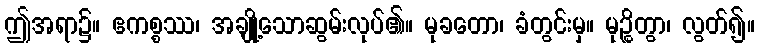
ဤအရာ၌။ ဧကစ္စဿ၊ အချို့သောဆွမ်းလုပ်၏။ မုခတော၊ ခံတွင်းမှ။ မုဉ္စိတွာ၊ လွတ်၍။